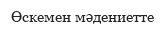
Өскемен мәдениетте